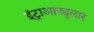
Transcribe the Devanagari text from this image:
इंट्राआक्युलार